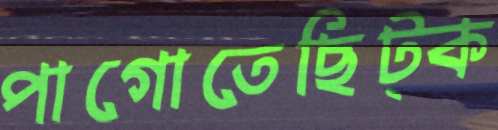
পাগোতেছিট্‌ক